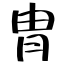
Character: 胄